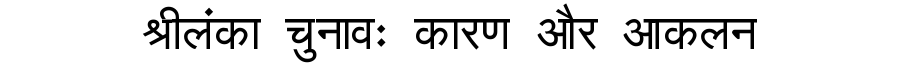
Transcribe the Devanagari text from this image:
श्रीलंका चुनावः कारण और आकलन